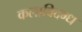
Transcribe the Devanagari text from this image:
कलाविदग्ध